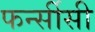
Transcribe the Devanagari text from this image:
फर्न्सीसी